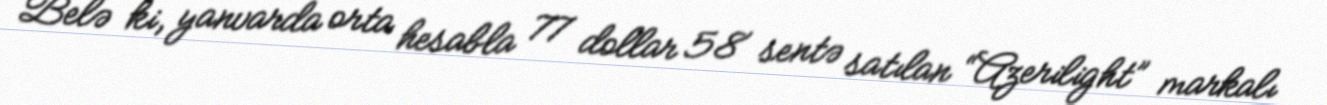
Belə ki, yanvarda orta hesabla 77 dollar 58 sentə satılan “Azerilight” markalı